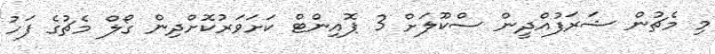
މި މެޗުން ޝަރަފުއްދީން ސްކޫލަށް 3 ޕޮއިންޓް ކަށަވަރުކޮށްދިން ގޯލް މެޗުގެ ފަހު